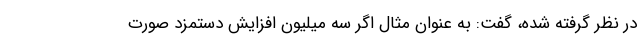
در نظر گرفته شده، گفت: به عنوان مثال اگر سه میلیون افزایش دستمزد صورت